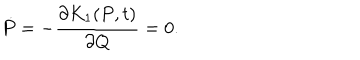
LaTeX: \dot { P } = - \frac { \partial K _ { 1 } ( P , t ) } { \partial Q } = 0 .